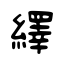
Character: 繹